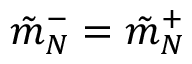
\tilde { m } _ { N } ^ { - } = \tilde { m } _ { N } ^ { + }